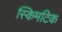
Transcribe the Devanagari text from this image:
स्किमटिक